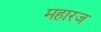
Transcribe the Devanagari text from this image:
महारज